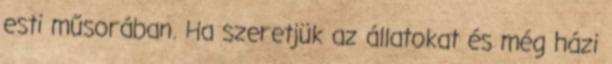
esti műsorában. Ha szeretjük az állatokat és még házi